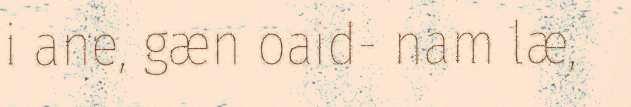
i ane, gæn oaid- nam læ,